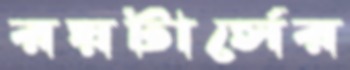
রয়টার্সের